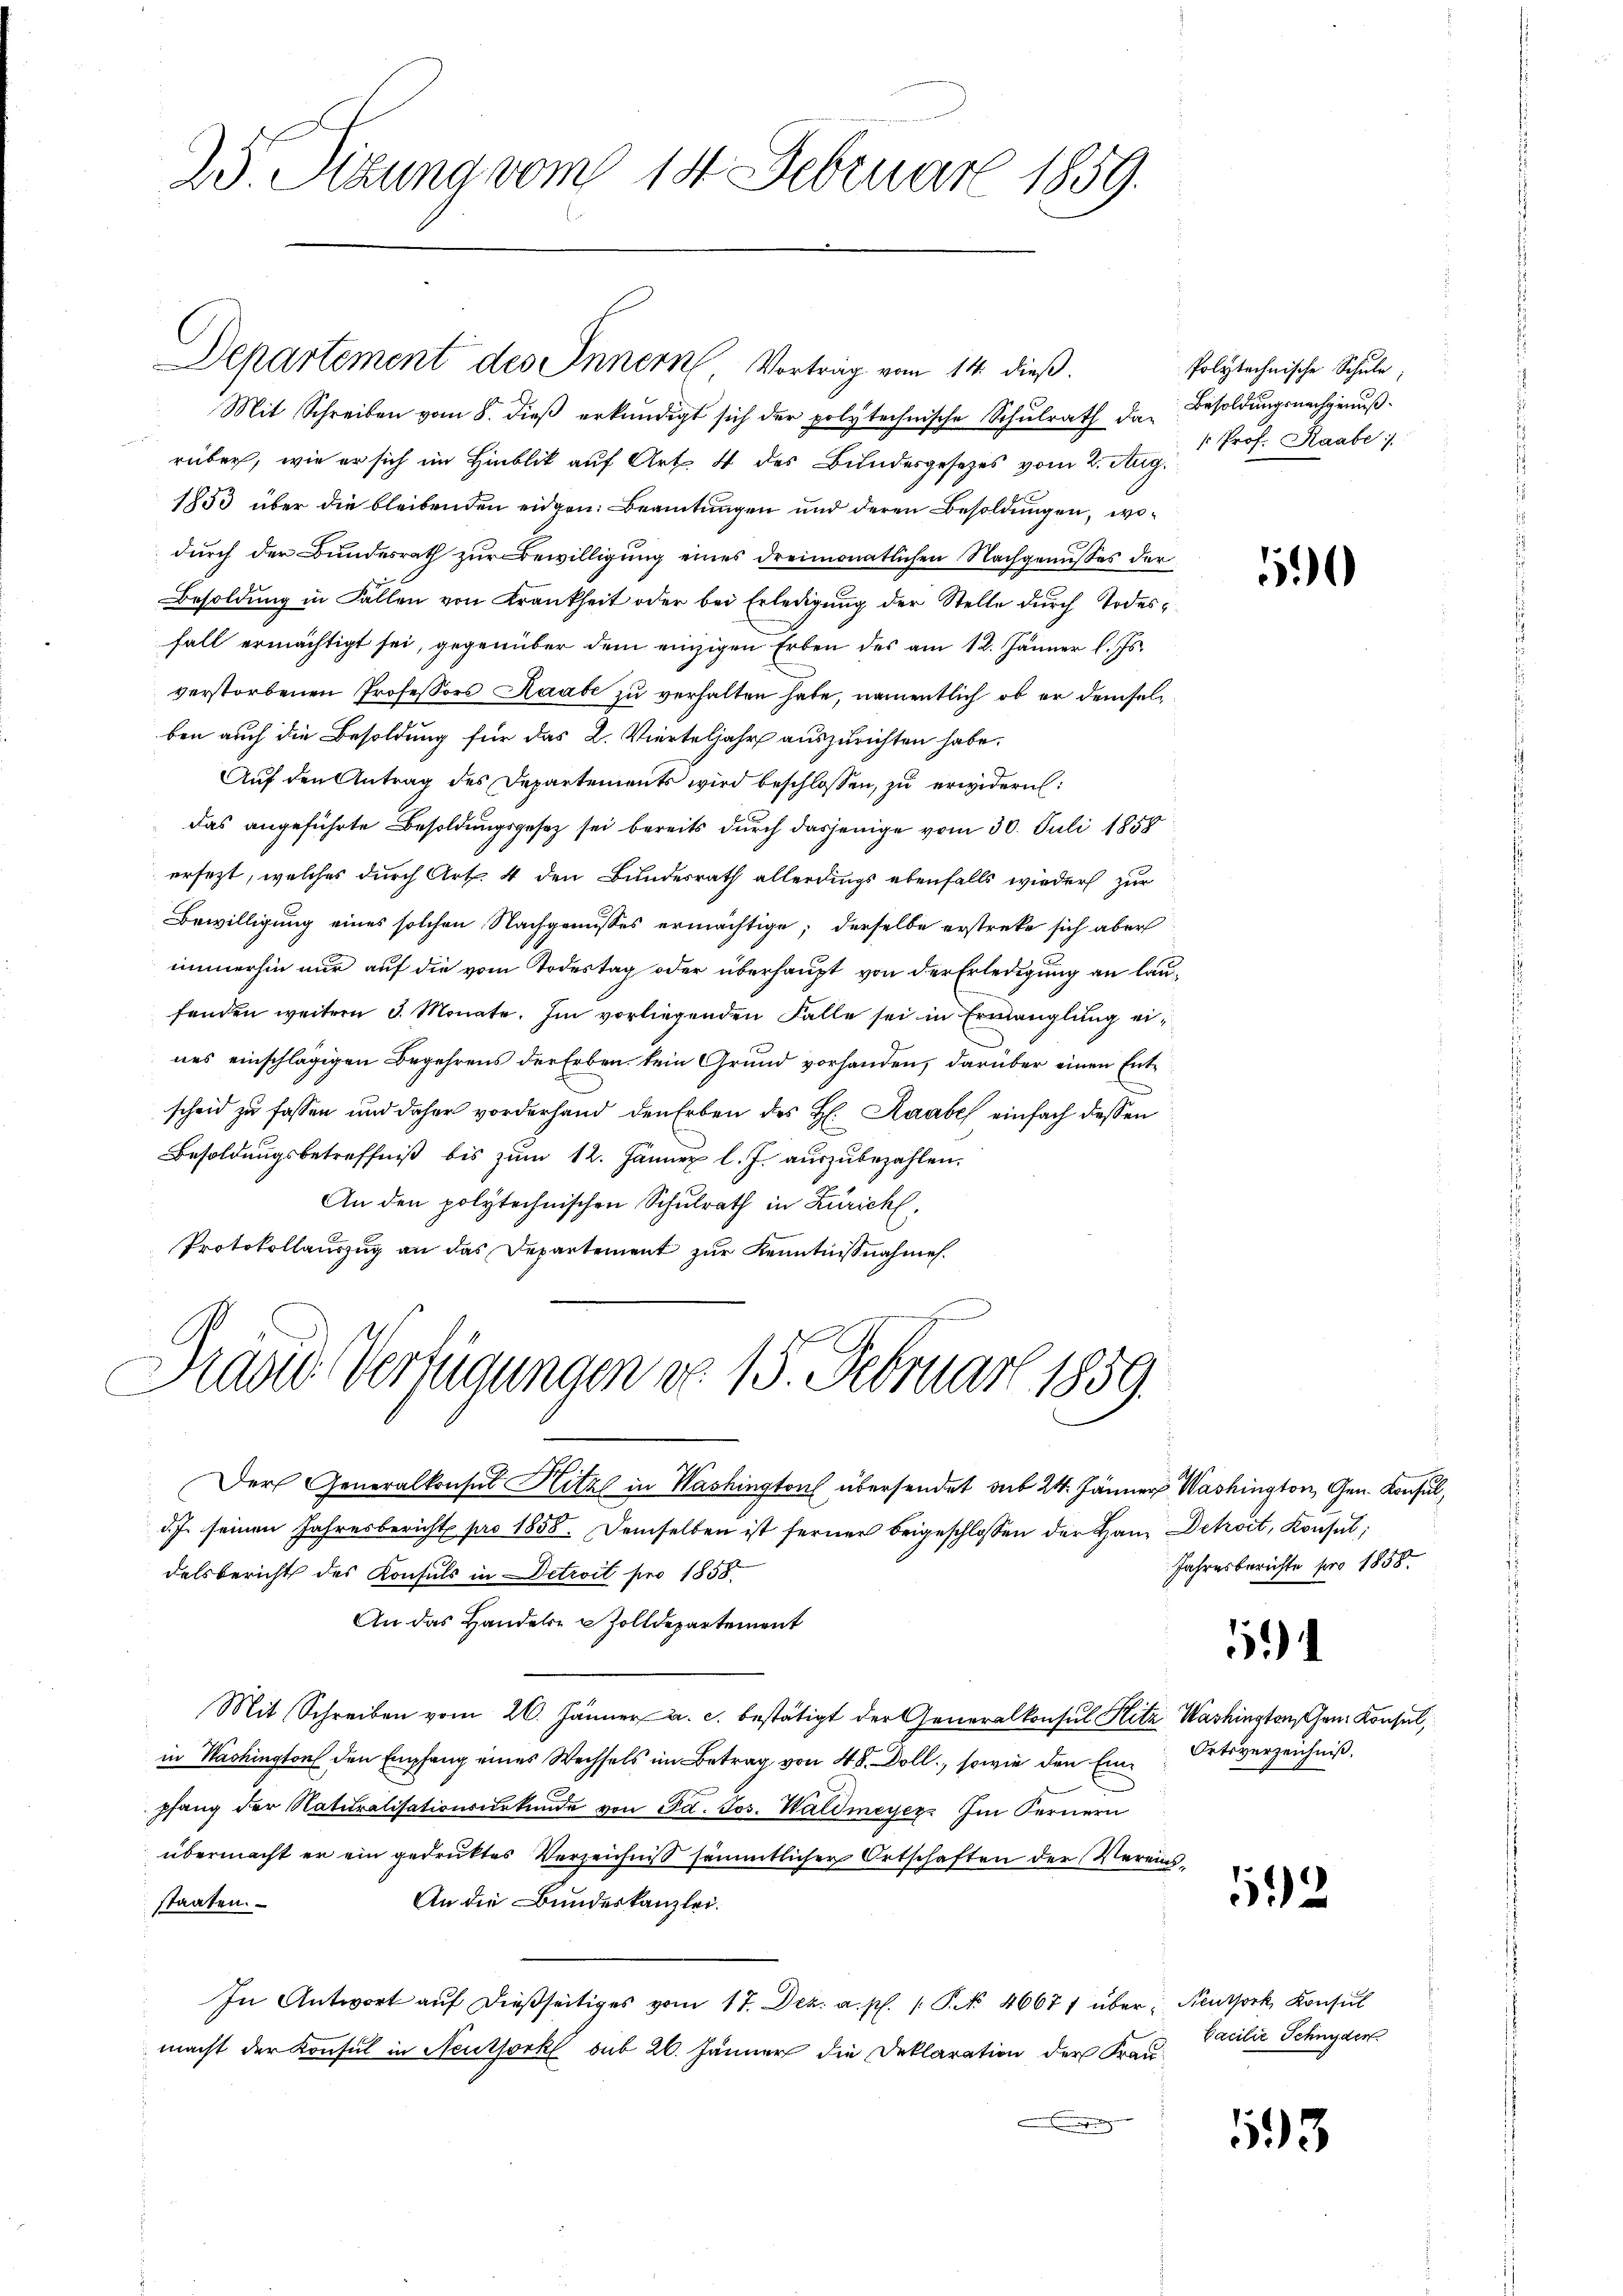
23 Sitzung vom 14. Februar 1859.

Mit Schreiben vom 8. dieβ erkundigt sich der polytechnische Schulrath da Besoldungsnachgenußrüber, wie er sich im Hinblik auf Art. 4 des Bundesgesetzes vom 2. Aug.
1853 über die bleibenden eidgen. Beamtungen und deren Besoldungen, wodurch der Bundesrath zur Bewilligung eines dreimonatlichen Nachgenußes der
Besoldung in Fallen von Krankheit oder bei Erledigung der Stelle durch Todesfall ermächtigt sei, gegenüber dem einzigen Erben des am 12. Jänner l. Js.
verstorbenen Professors Raabe zu verhalten habe, namentlich, ob er demselben auch die Besoldung für das L. Vierteljahr auszurichten habe.
Auf den Antrag des Departements wird beschlossen, zu erwidern:
das angeführte Besoldungsgesetz sei bereits durch dasjenige vom 30. Juli 1858
ersezt, welches durch Art. 4 den Bundesrath allerdings ebenfalls wieder zur
Bewilligung eines solchen Nachgenusses ermächtige, derselbe erstreke sich aber
immerhin nur auf die vom Todestag oder überhaupt von der Erledigung an laufenden weitern 3. Monate. Im vorliegenden Falle sei in Ermanglung eines einschlägigen Begehrens der Erben kein Grund vorhanden, darüber einen Entscheid zu fassen und daher vorderhand den Erben des H. Raabe einfach dessen
Besoldungsbetreffniß bis zum 12. Jänner l. J. auszubezahlen.
An den polytechnischen Schulrath in Zürich,
Protokollauszug an das Departement zur Kenntnißnahme.

Departement des Innern, Vortrag vom 14. dieß.

Stand Verfügungen do 15. Februar 1859.

folytechnische Schule
 Prof. Raabe

Der Generalkonsul Hitz in Washington übersendet sub 24. Jänner Washington, Gen. Konsul,
d.J. seinen Jahresbericht pro 1858. Demselben ist ferner beigeschlossen der Hans Dekroit, Konsul
delsbericht des Konsuls in Detroit pro 1858.
An das Handels- u Zolldepartement
Mit Schreiben vom 26. Jänner a. c. bestätigt der Generalkonsul Hitz Washington hrn. Konsul,
in Washington den Empfang eines Wechsels im Betrag von 48. Doll, sowie den Einpfang der Naturalisationsurkunde von da. Jos. Waldmeyer. Im Fernern
übermacht er ein gedruktes Verzeichniß sämmtlicher Ortschaften der Vereins¬
An die Bundeskanzlei.
staaten.
In Antwort aŭf dießseitiges vom 17. Dez. a. p. P. N. 4667 über: Neuthork, Konsul
macht der Konsul in Neuthork sub 26. Jänner die Deklaration der Fraun

)

1

Jahresberichte pro 1858.

Ortsverzeichnis.

52

Facilie Schnyder

153